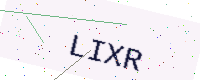
Text: LIXR